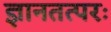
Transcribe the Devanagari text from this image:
ज्ञानतत्परः